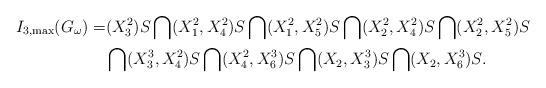
LaTeX: \begin{align*}I_{3,\max}(G_\omega)=&(X_3^2)S\bigcap(X_1^2,X_4^2)S\bigcap(X_1^2,X_5^2)S\bigcap(X_2^2,X_4^2)S\bigcap(X_2^2,X_5^2)S\\&\bigcap(X_3^3,X_4^2)S\bigcap(X_4^2,X_6^3)S\bigcap(X_2,X_3^3)S\bigcap(X_2,X_6^3)S.\end{align*}